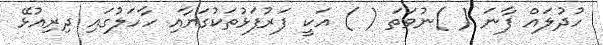
ހުދުލައް ފާނަ ( )ނުވަތަ ( ) އަކީ ފަރުފަޅުތަކުގަޔާއި ހާހަލުގައި ދިރިއުޅޭ